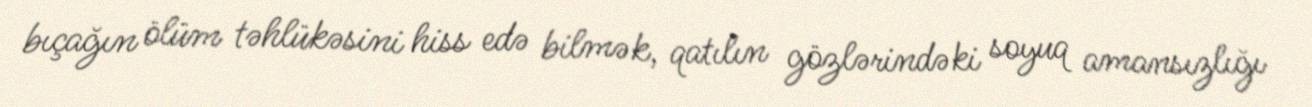
bıçağın ölüm təhlükəsini hiss edə bilmək, qatılın gözlərindəki soyuq amansızlığı